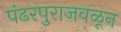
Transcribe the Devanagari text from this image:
पंढरपुराजवळून